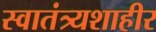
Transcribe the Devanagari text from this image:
स्वातंत्र्यशाहीर